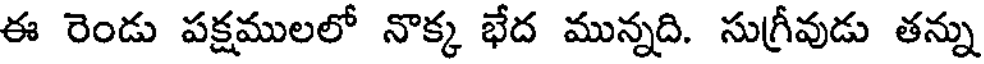
ఈ రెండు పక్షములలో నొక్క భేద మున్నది. సుగ్రీవుడు తన్ను